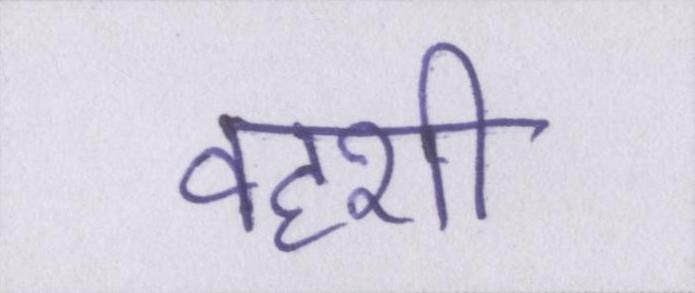
वहशी